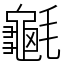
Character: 䶰